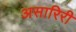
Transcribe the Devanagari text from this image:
असारिरी